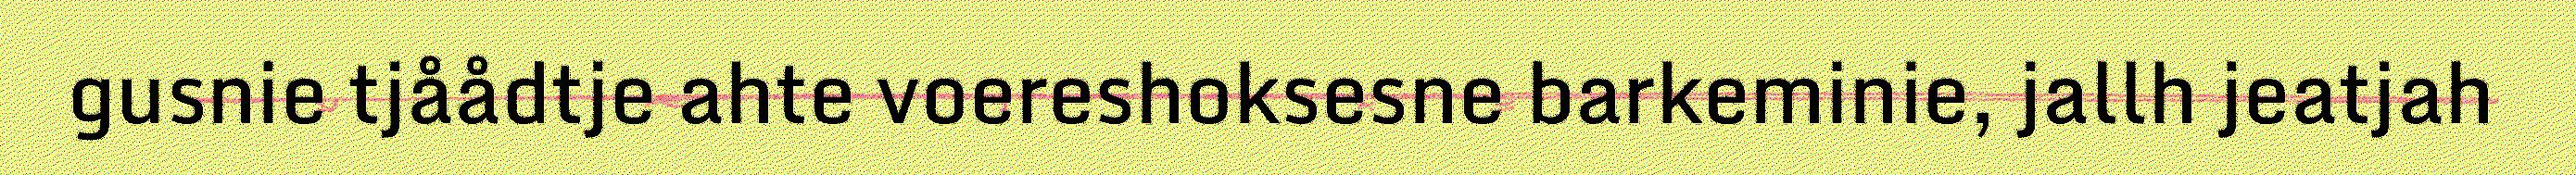
gusnie tjåådtje ahte voereshoksesne barkeminie, jallh jeatjah